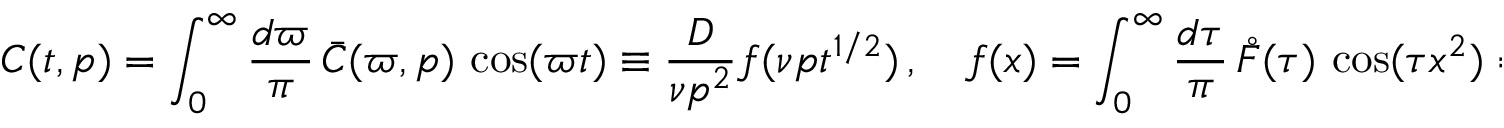
C ( t , p ) = \int _ { 0 } ^ { \infty } \frac { d \varpi } { \pi } \, \bar { C } ( \varpi , p ) \, \cos ( \varpi t ) \equiv \frac { D } { \nu p ^ { 2 } } f ( \nu p t ^ { 1 / 2 } ) \, , \quad f ( x ) = \int _ { 0 } ^ { \infty } \frac { d \tau } { \pi } \, \mathring { F } ( \tau ) \, \cos ( \tau x ^ { 2 } ) = e ^ { - x ^ { 2 } } \, ,